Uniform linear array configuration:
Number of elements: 4
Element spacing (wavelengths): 0.25
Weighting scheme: exponential
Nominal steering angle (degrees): -15
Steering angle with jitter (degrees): -14.004
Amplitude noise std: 0.05
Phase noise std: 0.05

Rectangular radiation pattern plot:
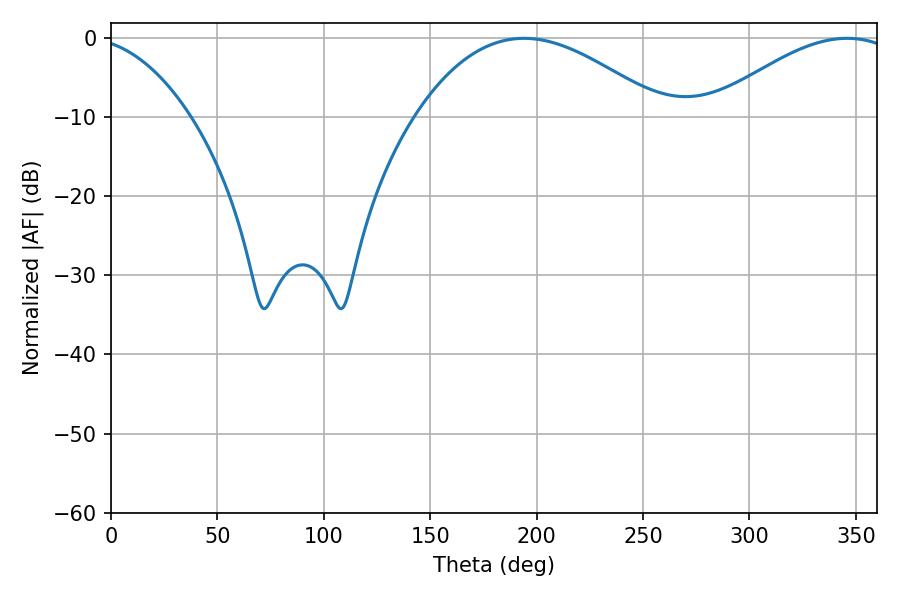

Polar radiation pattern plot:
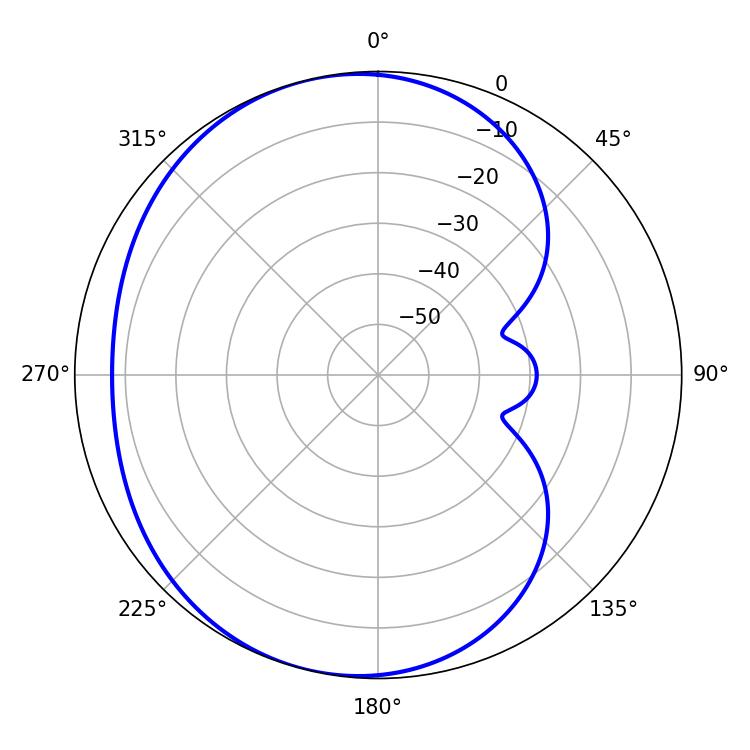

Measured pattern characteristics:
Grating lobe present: FALSE
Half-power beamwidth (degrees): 63.9
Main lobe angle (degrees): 194.04